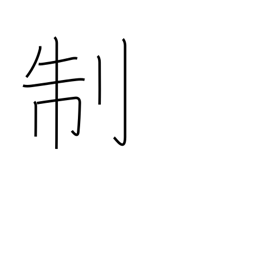
Meaning: system